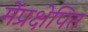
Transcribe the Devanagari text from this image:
मेंप्रक्षेपित